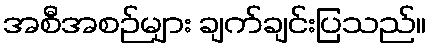
အစီအစဉ်များ ချက်ချင်းပြသည်။